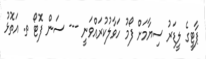
ޕާޓީގެ ލީޑަރު ސިޔާމަށް ފޯމު ހަވާލުކުރައްވަނީ --- ސަން ފޮޓޯ ތ. އަތޮޅު